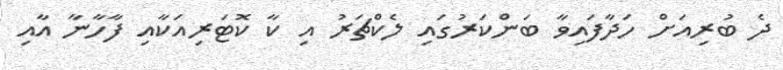
ދެ ބުރިއަށް ހަދާފައިވާ ބަންކަރުގައި ލެކްޗަރު އި ކާ ކޮޓަރިއަކާއި ފާހާނާ އާއި